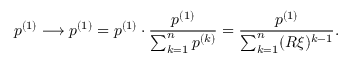
p ^ { ( 1 ) } \longrightarrow p ^ { ( 1 ) } = p ^ { ( 1 ) } \cdot \frac { p ^ { ( 1 ) } } { \sum _ { k = 1 } ^ { n } p ^ { ( k ) } } = \frac { p ^ { ( 1 ) } } { \sum _ { k = 1 } ^ { n } ( R \xi ) ^ { k - 1 } } .